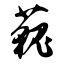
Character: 藐